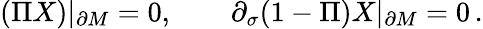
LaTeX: (\Pi X)|_{\partial M}=0,\qquad\partial_{\sigma}(1-\Pi)X|_{\partial M}=0\, .